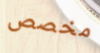
مخصص